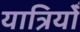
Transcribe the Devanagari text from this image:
यात्रियोँ